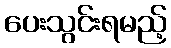
ပေးသွင်းရမည့်